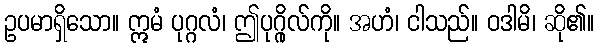
ဥပမာရှိသော။ ဣမံ ပုဂ္ဂလံ၊ ဤပုဂ္ဂိုလ်ကို။ အဟံ၊ ငါသည်။ ဝဒါမိ၊ ဆို၏။